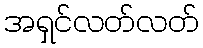
အရှင်လတ်လတ်